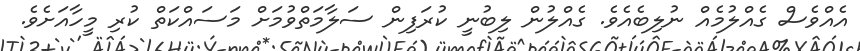
އެއްވެސް ގެއްލުމެއް ނުލިބެއެވެ. ގެއްލުން ލިބުނީ ކުރަފިން ސަލާމަތްވުމަށް މަސައްކަތް ކުރި މީހާއަށެވެ.